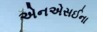
એનએસઈના